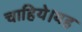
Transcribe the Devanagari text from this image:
चाहिये।यह